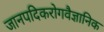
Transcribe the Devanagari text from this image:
जानपदिकरोगवैज्ञानिक